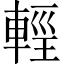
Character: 𨌷